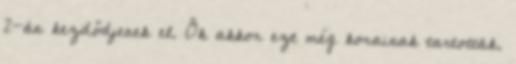
2-án kezdődjenek el. Ők akkor ezt még korainak tartották.